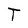
Character: T